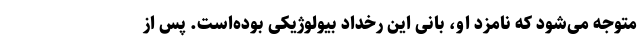
متوجه می‌شود که نامزد او، بانی این رخداد بیولوژیکی بوده‌است. پس از